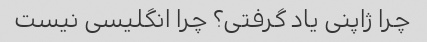
چرا ژاپنی یاد گرفتی؟ چرا انگلیسی نیست